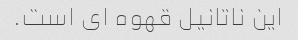
این ناتانیل قهوه ای است.